Insane asylums in Bengal annual reports 1876-1887 - 1876-1887
Year: 1876
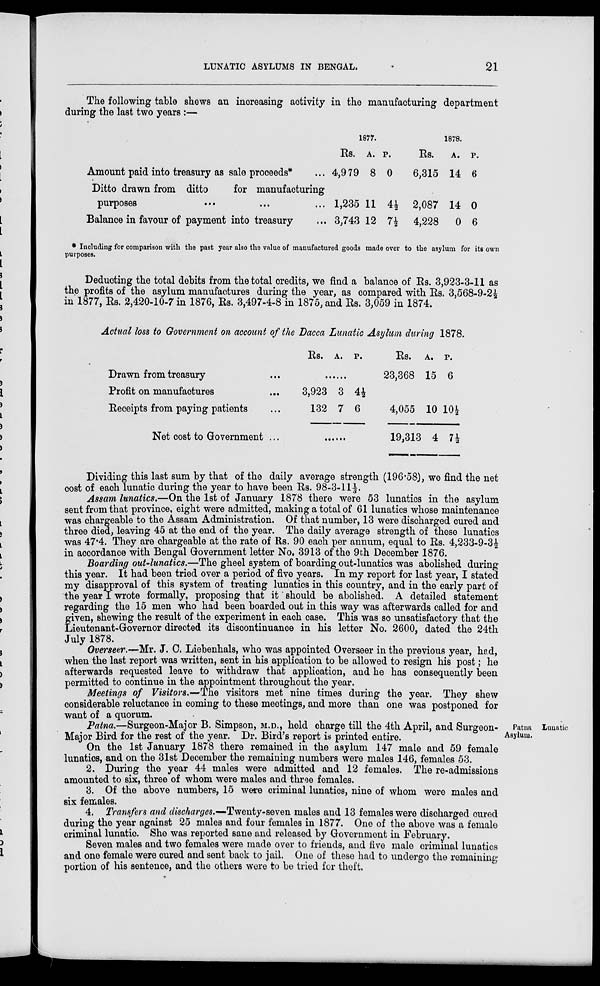
LUNATIC ASYLUMS IN BENGAL.
21
The following table shews an increasing activity in the manufacturing department
during the last two years:—
Amount paid into treasury as sale proceeds* ...
Ditto drawn from ditto
for manufacturing
purposes ... ... ...
Balance in favour of payment into treasury ...
1877.
Rs.
4,9 79
1,235
3,743
A.
8
11
12
P.
0
4½
7½
1878.
Rs.
6,315
2,087
4,228
A.
14
14
0
P.
6
0
6
* Including for comparison with the past year also the value of manufactured goods made over to the asylum for its own
purposes.
Deducting the total debits from the total credits, we find a balance of Rs. 3,923-3-11 as
the profits of the asylum manufactures during the year, as compared with Rs. 3,568-9-2½
in 1877, Rs. 2,420-10-7 in 1876, Rs. 3,497-4-8 in 1875, and Rs. 3,059 in 1874.
Actual loss to Government on account of the Dacca Lunatic Asylum during 1878.
Drawn from treasury ...
Profit on manufactures ...
Receipts from paying patients ...
Net cost to Government ...
Rs. A. P.
......
3,923
132
3
7
4½
6
......
Rs.
23,368
A.
15
P.
6
4,055
19,313
10
4
10½
7½
Dividing this last sum by that of the daily average strength (196.58), we find the net
cost of each lunatic during the year to have been Rs. 98-3-11⅓.
Assam lunatics.—On the 1st of January 1878 there were 53 lunatics in the asylum
sent from that province, eight were admitted, making a total of 61 lunatics whose maintenance
was chargeable to the Assam Administration. Of that number, 13 were discharged cured and
three died, leaving 45 at the end of the year. The daily average strength of these lunatics
was 47.4. They are chargeable at the rate of Rs. 90 each per annum, equal to Rs. 4,233-9-3½
in accordance with Bengal Government letter No, 3913 of the 9th December 1876.
Boarding out-lunatics.—The gheel system of boarding out-lunatics was abolished during
this year. It had been tried over a period of five years. In my report for last year, I stated
my disapproval of this system of treating lunatics in this country, and in the early part of
the year I wrote formally, proposing that it should be abolished. A detailed statement
regarding the 15 men who had been boarded out in this way was afterwards called for and
given, shewing the result of the experiment in each case. This was so unsatisfactory that the
Lieutenant-Governor directed its discontinuance in his letter No. 2600, dated the 24th
July 1878.
Overseer.—Mr. J. C. Liebenhals, who was appointed Overseer in the previous year, had,
when the last report was written, sent in his application to be allowed to resign his post; he
afterwards requested leave to withdraw that application, and he has consequently been
permitted to continue in the appointment throughout the year.
Meetings of Visitors.—The visitors met nine times during the year. They shew
considerable reluctance in coming to these meetings, and more than one was postponed for
want of a quorum.
Patna Lunatic
Asylum.
Patna.—Surgeon-Major B. Simpson, M.D., held charge till the 4th April, and Surgeon-
Major Bird for the rest of the year. Dr. Bird's report is printed entire.
On the 1st January 1878 there remained in the asylum 147 male and 59 female
lunatics, and on the 31st December the remaining numbers were males 146, females 53.
2. During the year 44 males were admitted and 12 females. The re-admissions
amounted to six, three of whom were males and three females.
3. Of the above numbers, 15 were criminal lunatics, nine of whom were males and
six females.
4. Transfers and discharges.—Twenty-seven males and 13 females were discharged cured
during the year against 25 males and four females in 1877. One of the above was a female
criminal lunatic. She was reported sane and released by Government in February.
Seven males and two females were made over to friends, and five male criminal lunatics
and one female were cured and sent back to jail. One of these had to undergo the remaining
portion of his sentence, and the others were to be tried for theft.